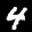
Label: 4